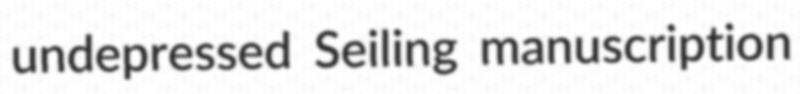
undepressed Seiling manuscription